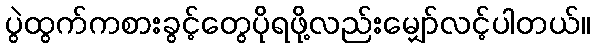
ပွဲထွက်ကစားခွင့်တွေပိုရဖို့လည်းမျှော်လင့်ပါတယ်။